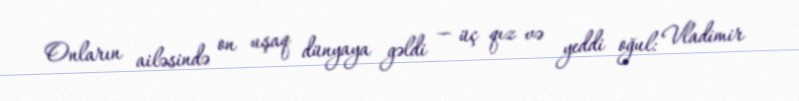
Onların ailəsində on uşaq dünyaya gəldi — üç qız və yeddi oğul: Vladimir